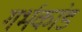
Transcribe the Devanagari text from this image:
गर्भकांड